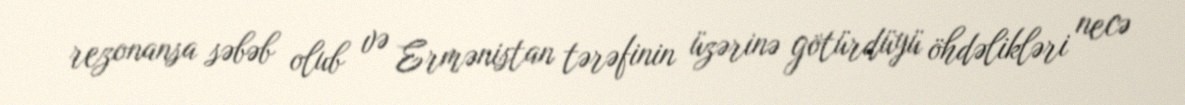
rezonansa səbəb olub və Ermənistan tərəfinin üzərinə götürdüyü öhdəlikləri necə